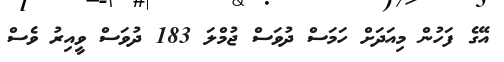
އޭގެ ފަހުން މިއަދަށް ހަމަސް ދުވަސް ޖުމްލަ 183 ދުވަސް ވީއިރު ވެސް